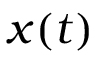
\boldsymbol { x } ( t )